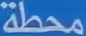
محطة